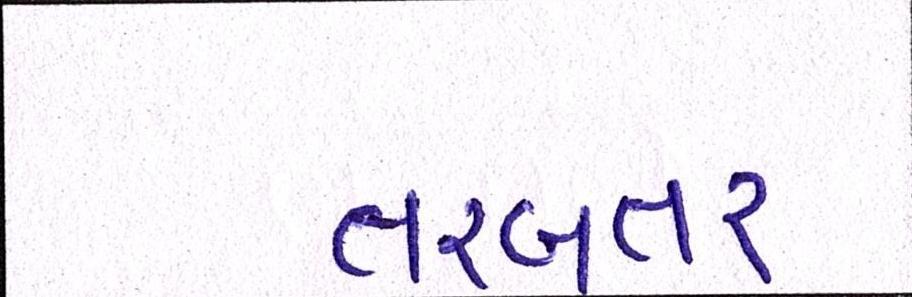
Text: તરબતર